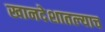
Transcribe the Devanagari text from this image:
खानदेशातल्याच